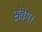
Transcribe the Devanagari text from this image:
संवेग।